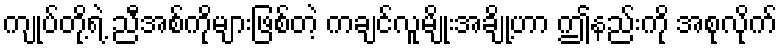
ကျုပ်တို့ရဲ့ ညီအစ်ကိုများဖြစ်တဲ့ ကချင်လူမျိုးအချို့ဟာ ဤနည်းကို အစုလိုက်